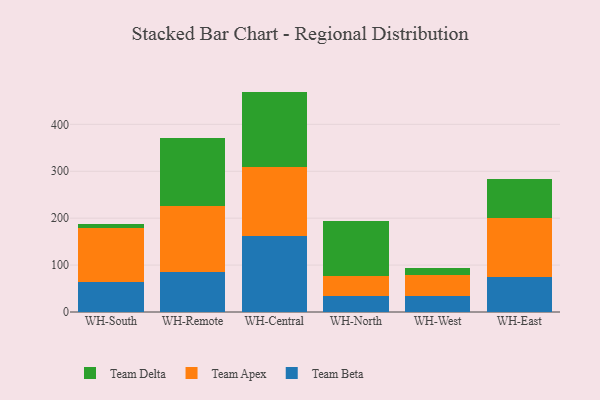
{"axis": {"x": "Warehouse", "y": "Active Users"}, "legend": ["Team Apex", "Team Beta", "Team Delta"], "data": [{"x": "WH-South", "y": 64.7, "type": "Team Beta"}, {"x": "WH-South", "y": 113.9, "type": "Team Apex"}, {"x": "WH-South", "y": 8.7, "type": "Team Delta"}, {"x": "WH-Remote", "y": 84.4, "type": "Team Beta"}, {"x": "WH-Remote", "y": 141.6, "type": "Team Apex"}, {"x": "WH-Remote", "y": 145.0, "type": "Team Delta"}, {"x": "WH-Central", "y": 162.4, "type": "Team Beta"}, {"x": "WH-Central", "y": 145.7, "type": "Team Apex"}, {"x": "WH-Central", "y": 161.7, "type": "Team Delta"}, {"x": "WH-North", "y": 34.0, "type": "Team Beta"}, {"x": "WH-North", "y": 42.1, "type": "Team Apex"}, {"x": "WH-North", "y": 118.5, "type": "Team Delta"}, {"x": "WH-West", "y": 35.1, "type": "Team Beta"}, {"x": "WH-West", "y": 43.7, "type": "Team Apex"}, {"x": "WH-West", "y": 15.6, "type": "Team Delta"}, {"x": "WH-East", "y": 74.3, "type": "Team Beta"}, {"x": "WH-East", "y": 126.2, "type": "Team Apex"}, {"x": "WH-East", "y": 82.1, "type": "Team Delta"}]}